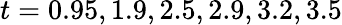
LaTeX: t={0.95,1.9,2.5,2.9,3.2,3.5}